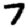
Digit: 7